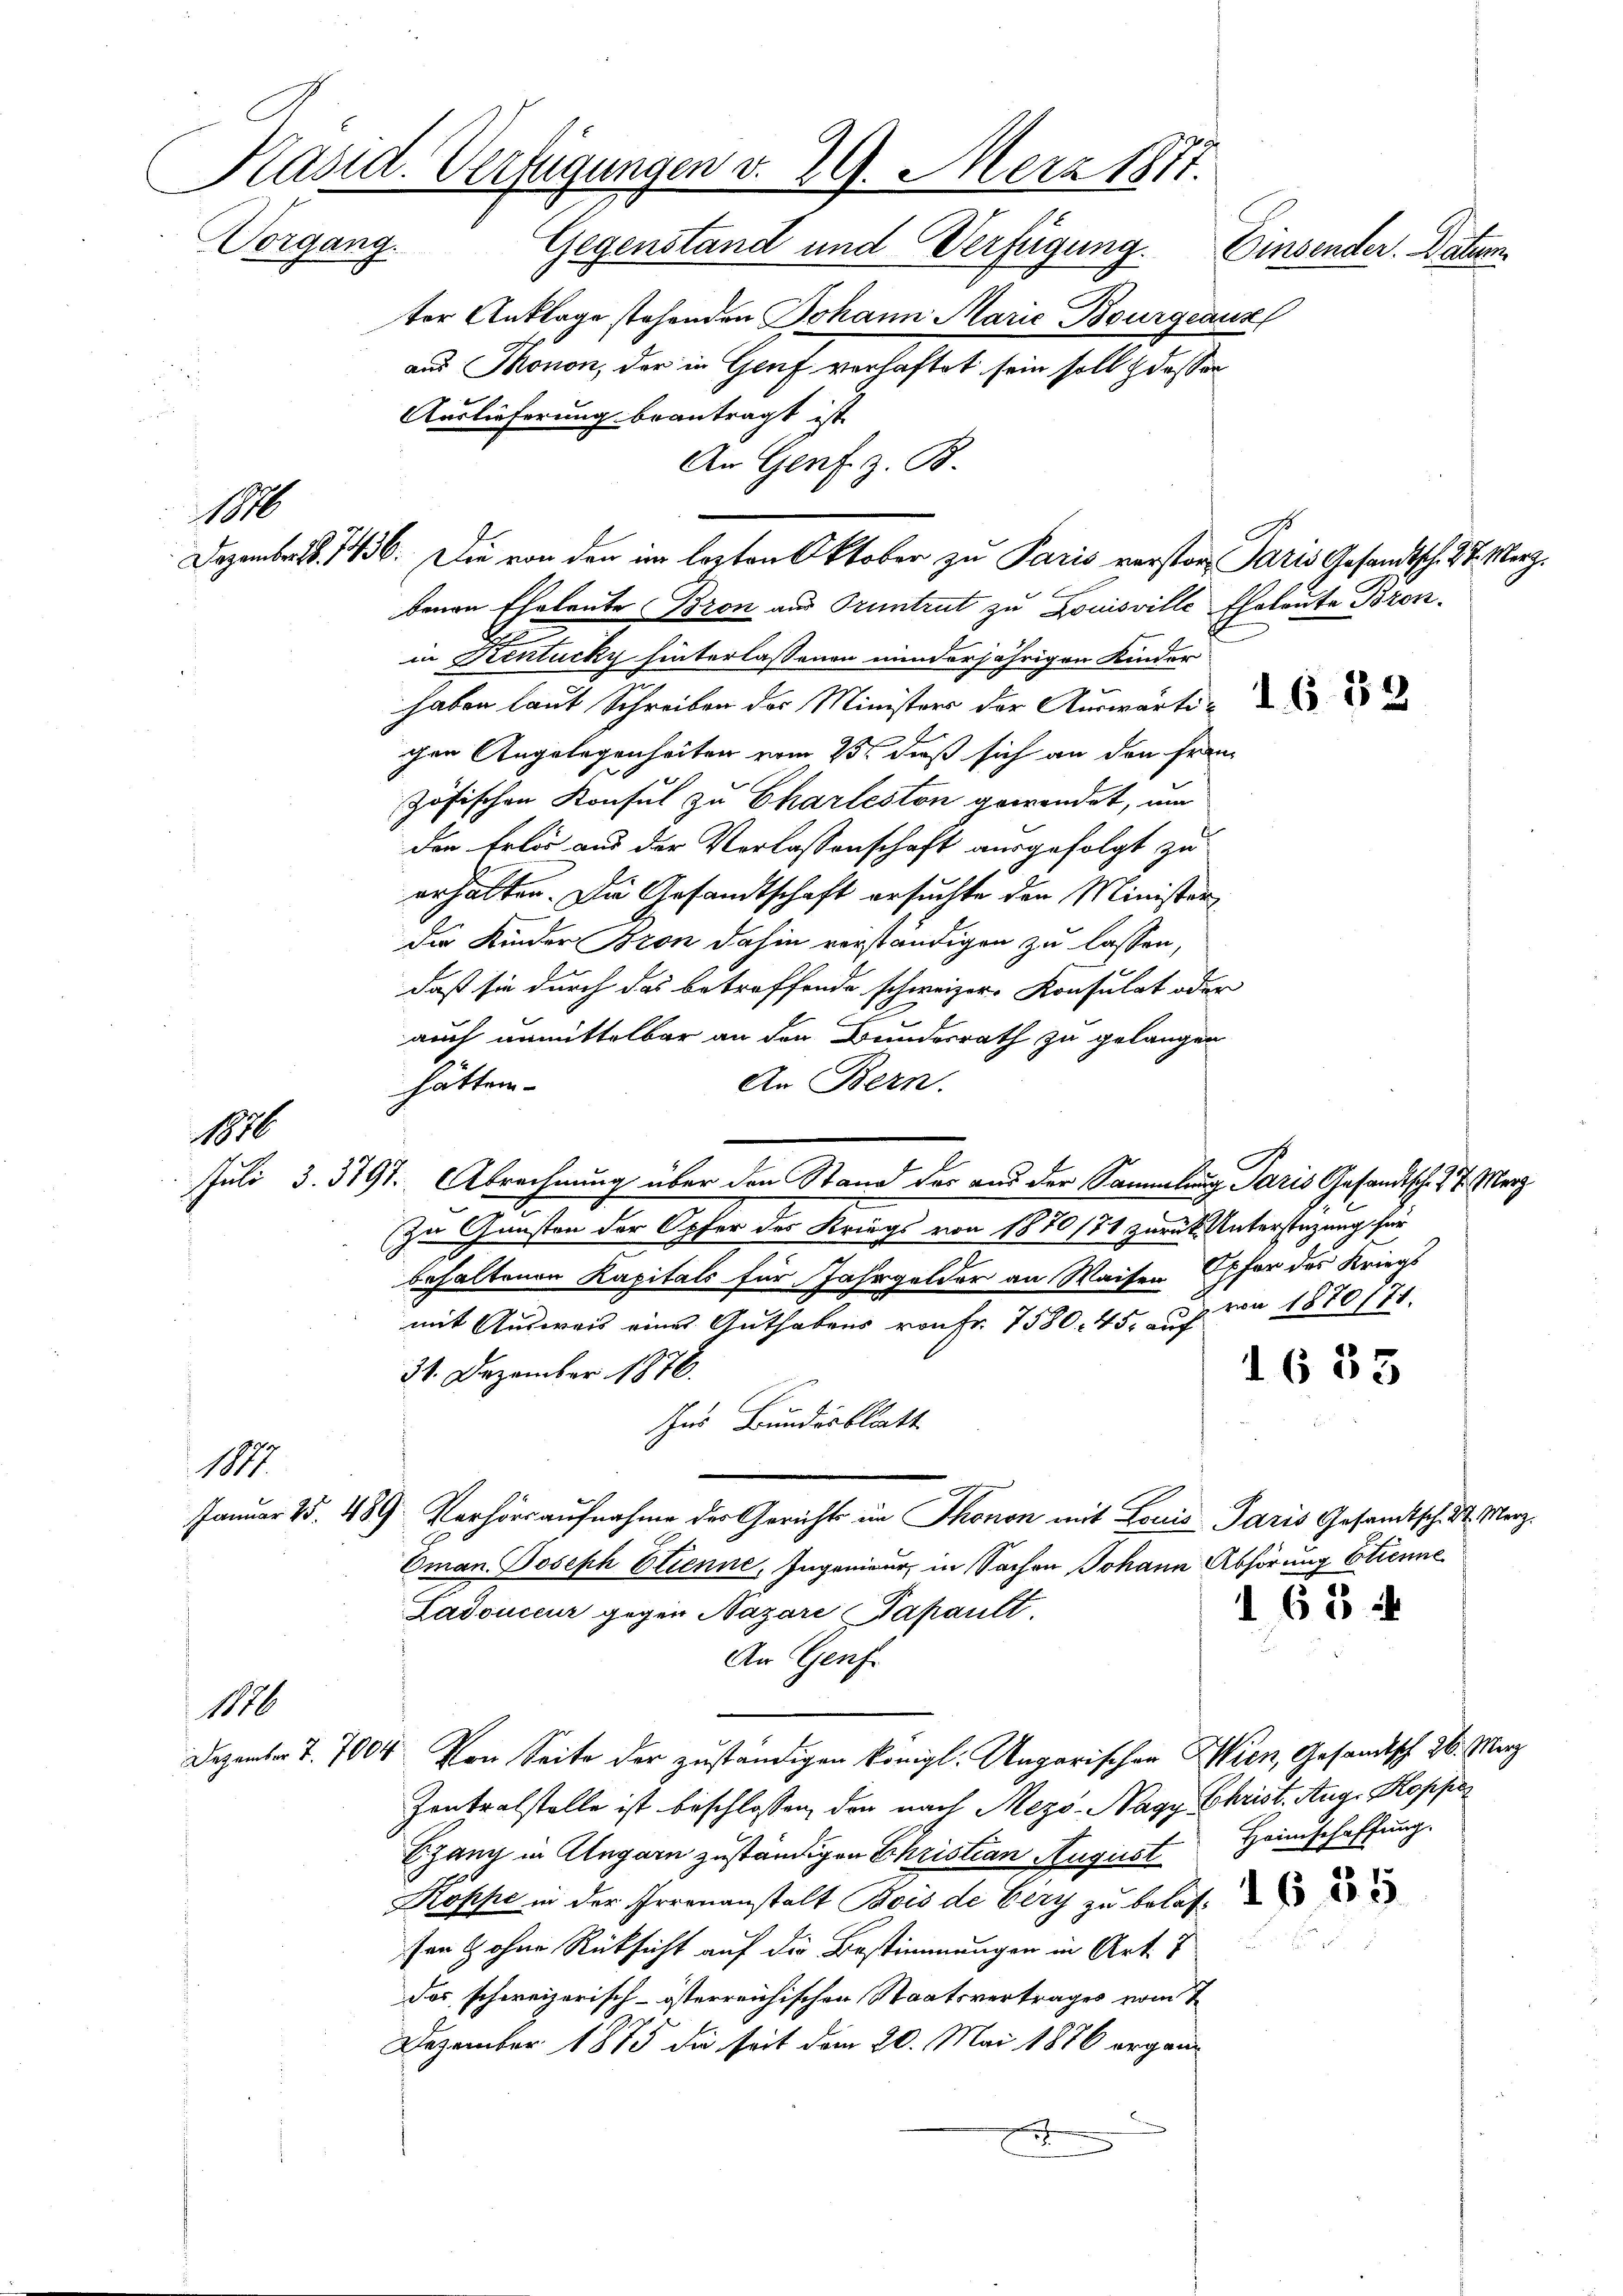
Päsid. Verfügungen v. 29. März 1877.
Vorgang. Gegenstand und Verfügung.
Einsender. Datum.
ter Anklage stehenden Johann Marie Bourgeaus
aus Monon, der in Genf verhaftet sein soll desser

Auslieferung beantragt ist.
benen Eheleute Bron aus Pruntrut zu Louisville Eheleute Bozen
in Kentucky hinterlassenen minderjährigen Kinder
haben laut Schreiben der Ministers der Auswärti
gen Angelegenheiten vom 23. daß sich an den Frau
zösischen Konsul zu Charleston gewendet, um
den Erlös aus der Verlassenschaft ausgefolgt zu
erhalten. Die Gesandtschaft ersuchte den Minister
die Kinder Bron dahin verständigen zu lassen,
daß sie durch das betreffende schweizer- Konsulat oder
auch unmittelbar an den Bundesrath zu gelangen
An Bern.
hätten.
Juli 3. 3191. Abrechnung über den Stand der aus der Sammlung Paris Gesandtsch. 77. Merz
Zu Gunsten der Opfer des Kriegs von 1870/71 zurück. Unterstüzung für
behaltenen Kapitals für Jahrgelder an Waisen Opfer des Kriegs
mit Ausweis eines Guthabens von Fr. 7580. 45, auf ca 1870/71.
31. Dezember 1876.
1633
us Bundesblatt
1111.
Januar 25. 489. Verhörsaufnahme der Gerichts im Thonon mit Louis Paris Gesandtsch. St. Merz.
Eman. Joseph Etienne, Ingenieur in Sachen Johann Abhörung Etienne
165 f
Ladouceur gegen Nazare Papault.
An Genf
1100
Dezember T. 7004 von Seite der zuständigen königl. Ungarischen Wien, Gesandtsch 26. März
Zentralstelle ist beschlossen, den nach Mezö-Nagy Christ. Aug. Koppe
Sgang in Angarn zuständigen Christian August Heimschaffung.
Koppe in der Irrenanstalt Bois de Cery zu behaf
r
fen ohne Rücksicht auf die Bestimmungen in Art. 7
Das schweizerisch-österreichischen Staatsvertrages vom 2
Dezember 1873 die seit dem 20. Mai 1876 ergän¬
.

An Genf. z. B.
M.
Dezember S. 1436. Die von den im lezten Oktober zu Paris verstor Paris Gesandtsch. 27. März.

1880

A